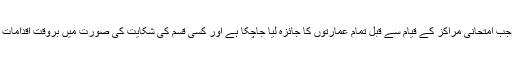
مسٹر سبا ریڈی کے بموجب امتحانی مراکز کے قیام سے قبل تمام عمارتوں کا جائزہ لیا جاچکا ہے اور کسی قسم کی شکایت کی صورت میں بروقت اقدامات کو یقینی بنایا جائے گا ۔